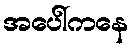
အပေါ်ကနေ